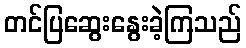
တင်ပြဆွေးနွေးခဲ့ကြသည်